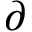
\partial